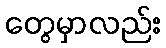
တွေမှာလည်း